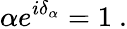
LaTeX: \alpha e^{i\delta_{\alpha}}=1\ .